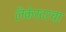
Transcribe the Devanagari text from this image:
लँकेस्टरचा